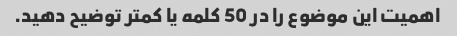
اهمیت این موضوع را در 50 کلمه یا کمتر توضیح دهید.